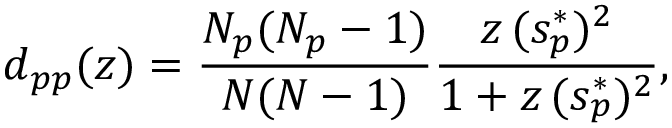
d _ { p p } ( z ) = \frac { N _ { p } ( N _ { p } - 1 ) } { N ( N - 1 ) } \frac { z \, ( s _ { p } ^ { * } ) ^ { 2 } } { 1 + z \, ( s _ { p } ^ { * } ) ^ { 2 } } ,